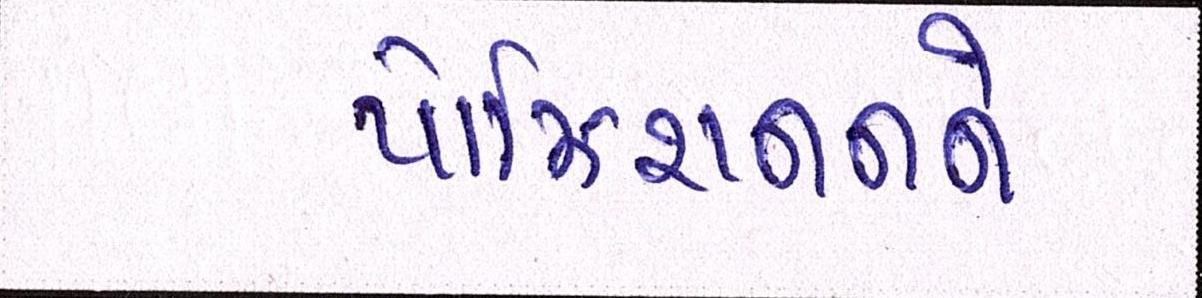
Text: પોઝિશનનને